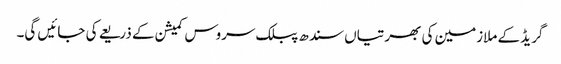
گریڈ کے ملازمین کی بھرتیاں سندھ پبلک سروس کمیشن کے ذریعے کی جائیں گی۔